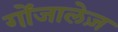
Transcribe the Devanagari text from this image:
गोंजालेज़